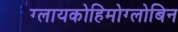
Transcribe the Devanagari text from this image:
ग्लायकोहिमोग्लोबिन